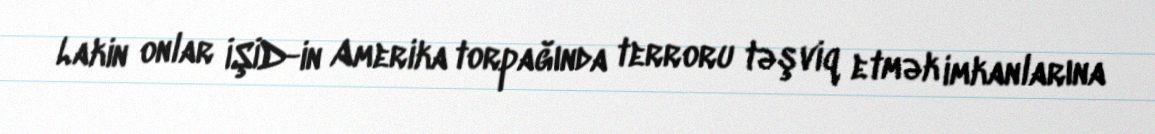
Lakin onlar İŞİD-in Amerika torpağında terroru təşviq etmək imkanlarına